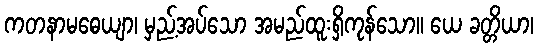
ကတနာမဓေယျာ၊ မှည့်အပ်သော အမည်ထူးရှိကုန်သော။ ယေ ခတ္တိယာ၊